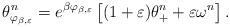
LaTeX: \begin{align*} \theta_{\varphi_{\beta,\varepsilon}}^n = e^{\beta \varphi_{\beta,\varepsilon}} \left[(1+\varepsilon)\theta^n_+ + \varepsilon \omega^n \right]. \end{align*}